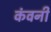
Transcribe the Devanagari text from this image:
कंवनी